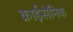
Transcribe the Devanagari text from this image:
क्राईसेमिक